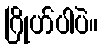
ဂြိုဟ်ပါပဲ။